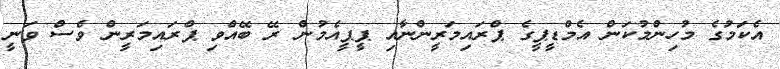
އެކަމުގެ މުހިންމުކަން އެމްޑީޕީގެ ޕްރައިމަރީންނާއި ޕީޕީއެމުން ރޭ ބޭއްވި ޕްރައިމަރީން ވެސް ވަނީ